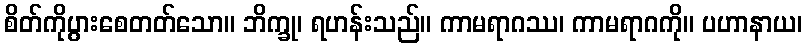
စိတ်ကိုပွားစေတတ်သော။ ဘိက္ခု၊ ရဟန်းသည်။ ကာမရာဂဿ၊ ကာမရာဂကို။ ပဟာနာယ၊